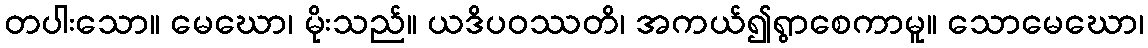
တပါးသော။ မေဃော၊ မိုးသည်။ ယဒိပဝဿတိ၊ အကယ်၍ရွာစေကာမူ။ သောမေဃော၊